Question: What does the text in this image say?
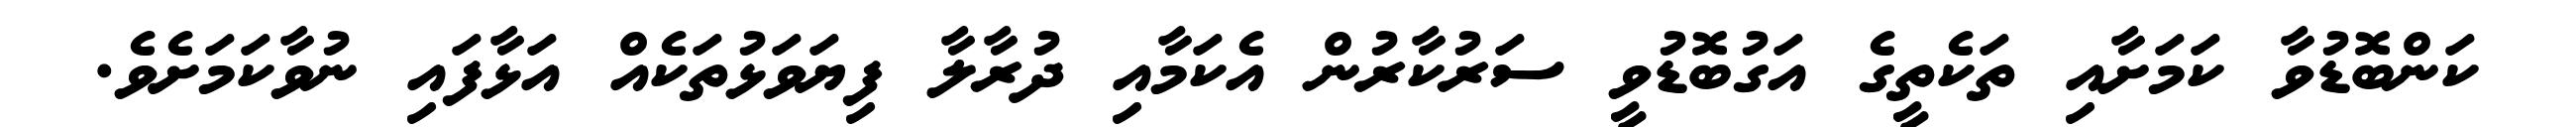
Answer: ކަންބޮޑުވާ ކަމަށާއި ތަކެތީގެ އަގުބޮޑުވީ ސަރުކާރުން އެކަމާއި ދުރާލާ ފިޔަވަޅުތަކެއް އަޅާފައި ނުވާކަމަށެވެ.